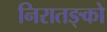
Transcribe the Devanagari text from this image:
निरातङ्को